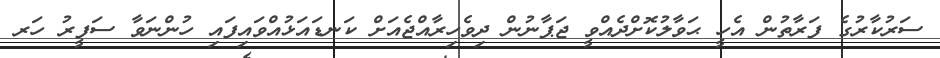
ސަރުކާރުގެ ފަރާތުން އެހީ ޙަވާލުކޮށްދެއްވީ ޖަޕާނުން ދިވެހިރާއްޖެއަށް ކަނޑައަޅުއްވައިފައި ހުންނަވާ ސަފީރު ހަރ